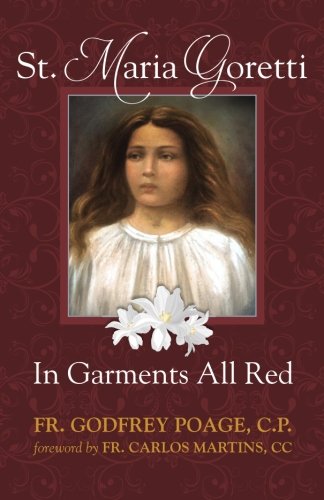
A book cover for St. Maria Goretti: In Garments All Red; CP Fr. Godfrey Poage; Christian Books & Bibles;